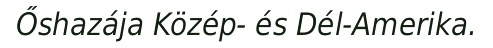
Őshazája Közép- és Dél-Amerika.